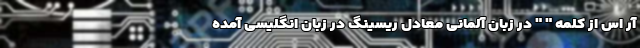
آر اس از کلمه " " در زبان آلمانی معادل ریسینگ در زبان انگلیسی آمده